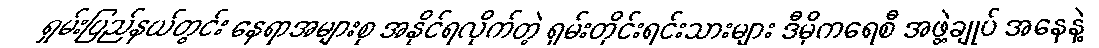
ရှမ်းပြည်နယ်တွင်း နေရာအများစု အနိုင်ရလိုက်တဲ့ ရှမ်းတိုင်းရင်းသားများ ဒီမိုကရေစီ အဖွဲ့ချုပ် အနေနဲ့